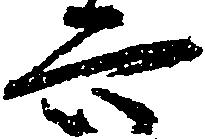
六